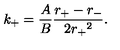
k _ { + } = \frac { A } { B } \frac { r _ { + } - r _ { - } } { 2 { r _ { + } } ^ { 2 } } .